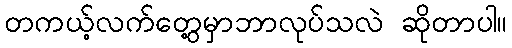
တကယ့်လက်တွေ့မှာဘာလုပ်သလဲ ဆိုတာပါ။